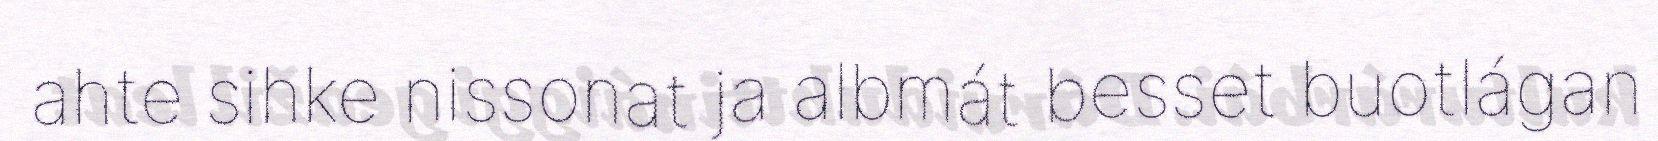
ahte sihke nissonat ja albmát besset buotlágan